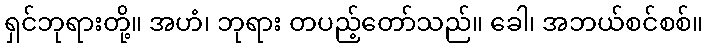
ရှင်ဘုရားတို့။ အဟံ၊ ဘုရား တပည့်တော်သည်။ ခေါ၊ အဘယ်စင်စစ်။